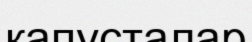
капусталар